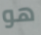
هو